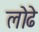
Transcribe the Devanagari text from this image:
लोढे